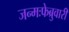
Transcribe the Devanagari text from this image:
जन्मःफेब्रुवारी